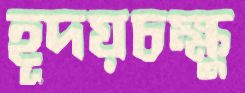
হূদয়চক্ষু